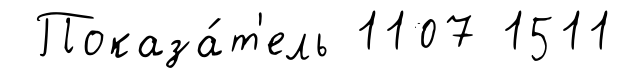
Показа́т'ель 1107 1511